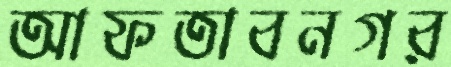
আফতাবনগর